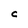
Character: C